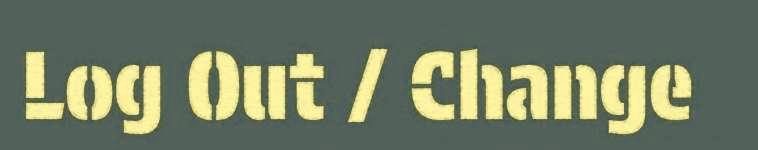
Log Out / Change